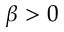
\beta > 0